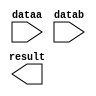
module mult_unit (
	dataa,
	datab,
	result);

	input	[35:0]  dataa;
	input	[35:0]  datab;
	output	[71:0]  result;

endmodule